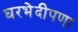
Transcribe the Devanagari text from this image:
घरभेदीपणा